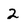
Character: 2